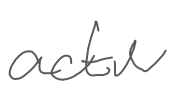
Text: active
Cross-out: clean
Writing tool: digital_gray